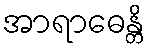
အာရာဓေန္တိ